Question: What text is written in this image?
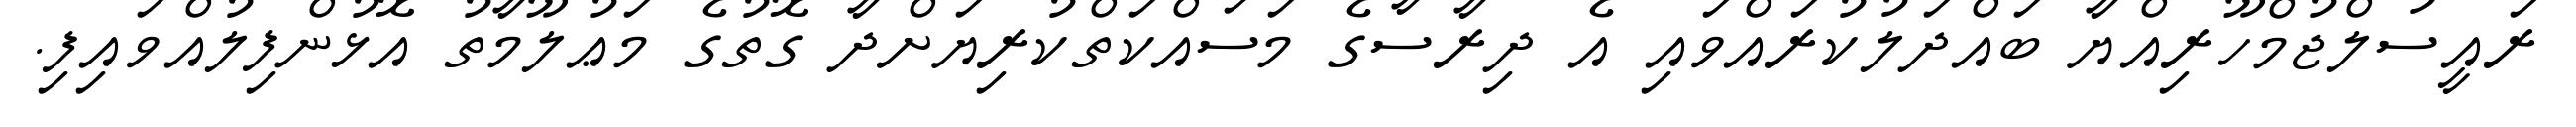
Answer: ރައީސުލްޖުމްހޫރިއްޔާ ބައްދަލުކުރައްވައި އެ ދިރާސާގެ މަސައްކަތްކުރިޔަށްދާ ގޮތުގެ މަޢުލޫމާތު އޮޅުންފިލުއްވައިފި.